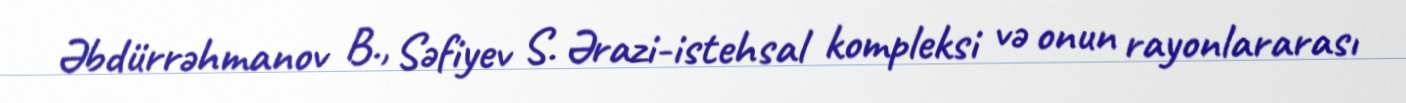
Əbdürrəhmanov B., Səfiyev S. Ərazi-istehsal kompleksi və onun rayonlararası